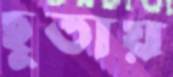
ছুতায়